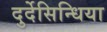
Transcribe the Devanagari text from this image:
दुर्देसिन्धिया